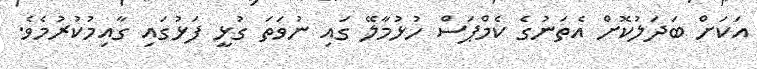
އަކަށް ބަދަލުކޮށް އެތަނުގެ ކެމްޕަސް ހުޅުމާލޭ ގައި ނުވަތަ ގުޅީ ފަޅުގައި ގާއިމުކުރުމެވެ.